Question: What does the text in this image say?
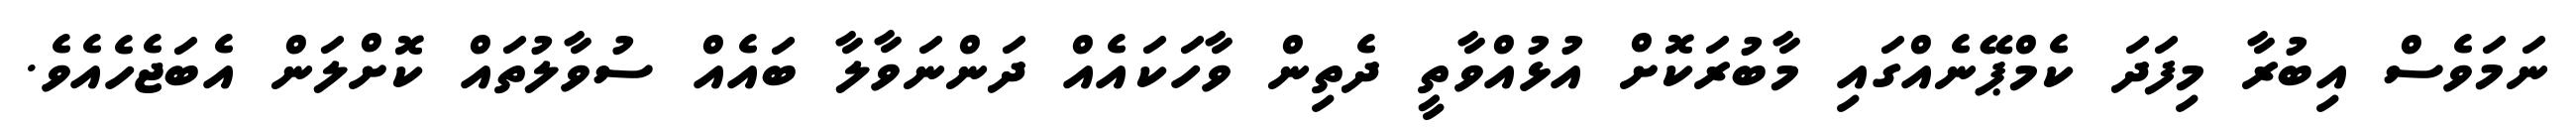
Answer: ނަމަވެސް އިބުރާ މިފަދަ ކެމްޕޭނެއްގައި މާބުރަކޮށް އުޅުއްވާތީ ދެތިން ވާހަކައެއް ދަންނަވާލާ ބައެއް ސުވާލުތައް ކޮށްލަން އެބަޖެހެއެވެ.